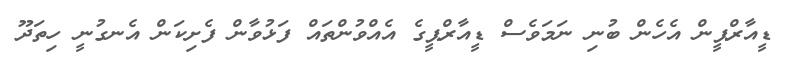
ޑީއާރްޕީން އެހެން ބުނި ނަމަވެސް ޑީއާރްޕީގެ އެއްވުންތައް ފަޅުވާން ފެށިކަން އެނގުނީ ހިތަދޫ